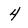
Character: 4